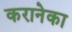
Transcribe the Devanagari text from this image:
करानेका